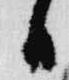
日